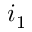
i _ { 1 }